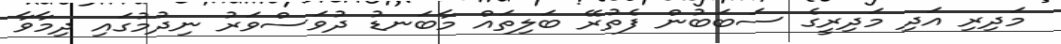
މަދިރި އަދި މަދިރީގެ ސަބަބުން ފެތުރޭ ބަލިތައް މާބަނޑު ދުވަސްވަރު ނިދުމުގައި ދިމާވާ